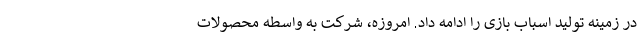
در زمینه تولید اسباب بازی را ادامه داد. امروزه، شرکت به واسطه محصولات